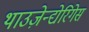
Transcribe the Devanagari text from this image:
थाउज़ेन्द्येरिगेस